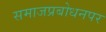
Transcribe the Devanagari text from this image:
समाजप्रबोधनपर